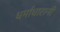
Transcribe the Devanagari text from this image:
धर्माधारानी